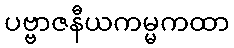
ပဗ္ဗာဇနီယကမ္မကထာ